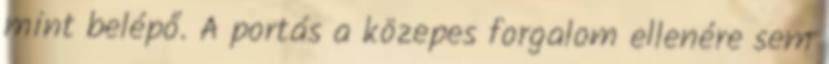
mint belépő. A portás a közepes forgalom ellenére sem